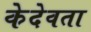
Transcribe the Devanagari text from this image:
केदेवता